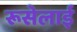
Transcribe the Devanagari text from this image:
रूसेलाई